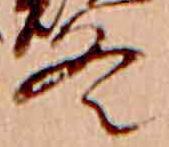
冬